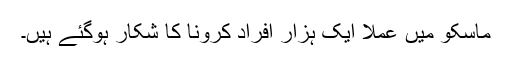
ماسکو میں عملا ایک ہزار افراد کرونا کا شکار ہوگئے ہیں۔